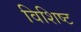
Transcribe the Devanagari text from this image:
विशिष्ट